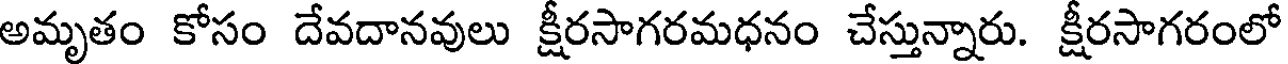
అమృతం కోసం దేవదానవులు క్షీరసాగరమధనం చేస్తున్నారు. క్షీరసాగరంలో